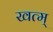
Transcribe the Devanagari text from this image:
खत्म्